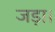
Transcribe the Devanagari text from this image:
जड़ा।